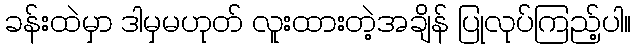
ခန်းထဲမှာ ဒါမှမဟုတ် လူးထားတဲ့အချိန် ပြုလုပ်ကြည့်ပါ။